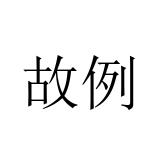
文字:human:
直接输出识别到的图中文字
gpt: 故例